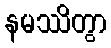
နမဿိတွာ